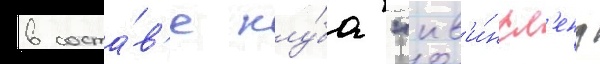
в соста́в'е клу́ба "кв'и́нсл'енд